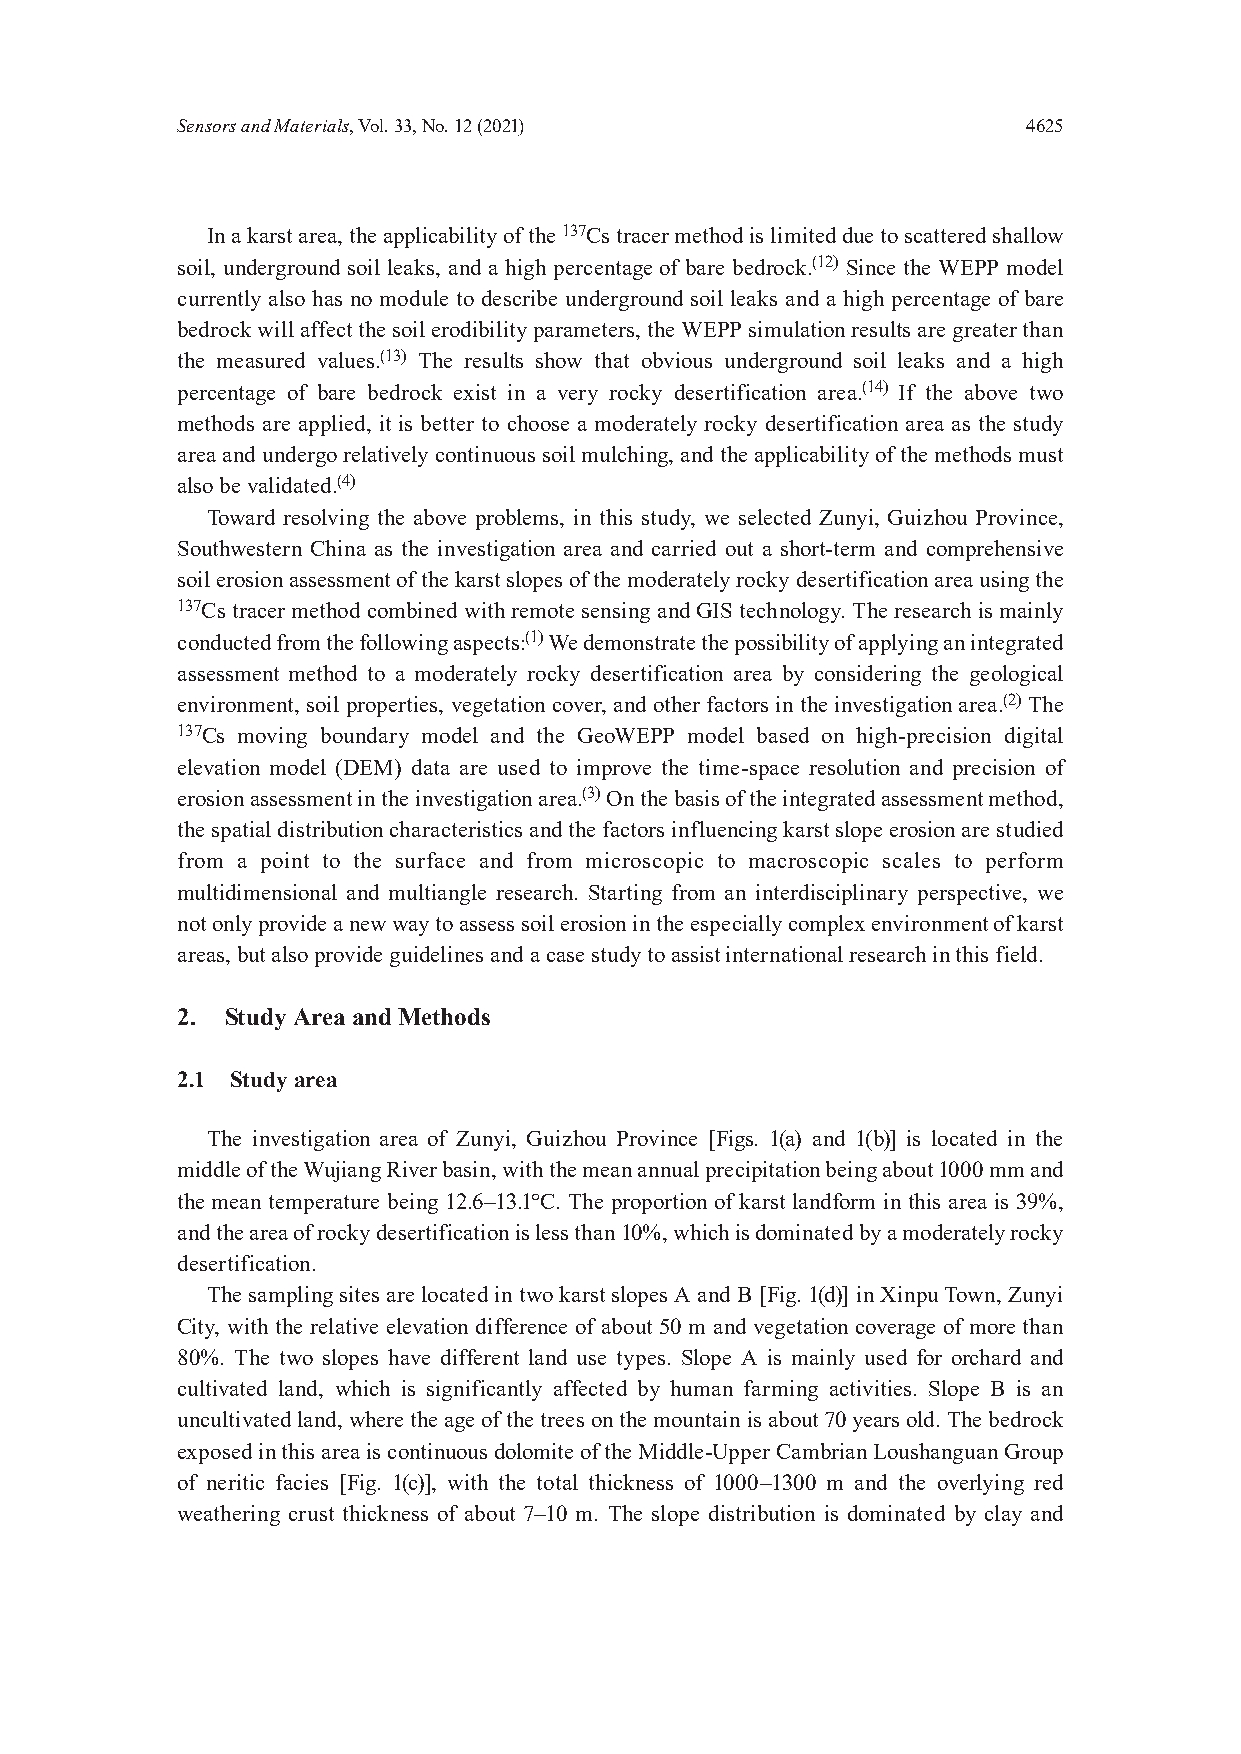
Sensors and Materials, Vol. 33, No. 12 (2021)           4625
 In a karst area, the applicability of the 137Cs tracer method is limited due to scattered shallow
 soil, underground soil leaks, and a high percentage of bare bedrock.(12) Since the WEPP model
 currently also has no module to describe underground soil leaks and a high percentage of bare
 bedrock will affect the soil erodibility parameters, the WEPP simulation results are greater than
 the measured values.(13) The results show that obvious underground soil leaks and a high
 percentage of bare bedrock exist in a very rocky desertification area.(14) If the above two
 methods are applied, it is better to choose a moderately rocky desertification area as the study
 area and undergo relatively continuous soil mulching, and the applicability of the methods must
 also be validated.(4)
 Toward resolving the above problems, in this study, we selected Zunyi, Guizhou Province,
 Southwestern China as the investigation area and carried out a short-term and comprehensive
 soil erosion assessment of the karst slopes of the moderately rocky desertification area using the
 137Cs tracer method combined with remote sensing and GIS technology. The research is mainly
 conducted from the following aspects:(1) We demonstrate the possibility of applying an integrated
 assessment method to a moderately rocky desertification area by considering the geological
 environment, soil properties, vegetation cover, and other factors in the investigation area.(2) The
 137Cs moving boundary model and the GeoWEPP model based on high-precision digital
 elevation model (DEM) data are used to improve the time-space resolution and precision of
 erosion assessment in the investigation area.(3) On the basis of the integrated assessment method,
 the spatial distribution characteristics and the factors influencing karst slope erosion are studied
 from a point to the surface and from microscopic to macroscopic scales to perform
 multidimensional and multiangle research. Starting from an interdisciplinary perspective, we
 not only provide a new way to assess soil erosion in the especially complex environment of karst
 areas, but also provide guidelines and a case study to assist international research in this field.
 2. Study Area and Methods
 2.1 Study area
 The investigation area of Zunyi, Guizhou Province [Figs. 1(a) and 1(b)] is located in the
 middle of the Wujiang River basin, with the mean annual precipitation being about 1000 mm and
 the mean temperature being 12.6–13.1°C. The proportion of karst landform in this area is 39%,
 and the area of rocky desertification is less than 10%, which is dominated by a moderately rocky
 desertification.
 The sampling sites are located in two karst slopes A and B [Fig. 1(d)] in Xinpu Town, Zunyi
 City, with the relative elevation difference of about 50 m and vegetation coverage of more than
 80%. The two slopes have different land use types. Slope A is mainly used for orchard and
 cultivated land, which is significantly affected by human farming activities. Slope B is an
 uncultivated land, where the age of the trees on the mountain is about 70 years old. The bedrock
 exposed in this area is continuous dolomite of the Middle-Upper Cambrian Loushanguan Group
 of neritic facies [Fig. 1(c)], with the total thickness of 1000–1300 m and the overlying red
 weathering crust thickness of about 7–10 m. The slope distribution is dominated by clay and